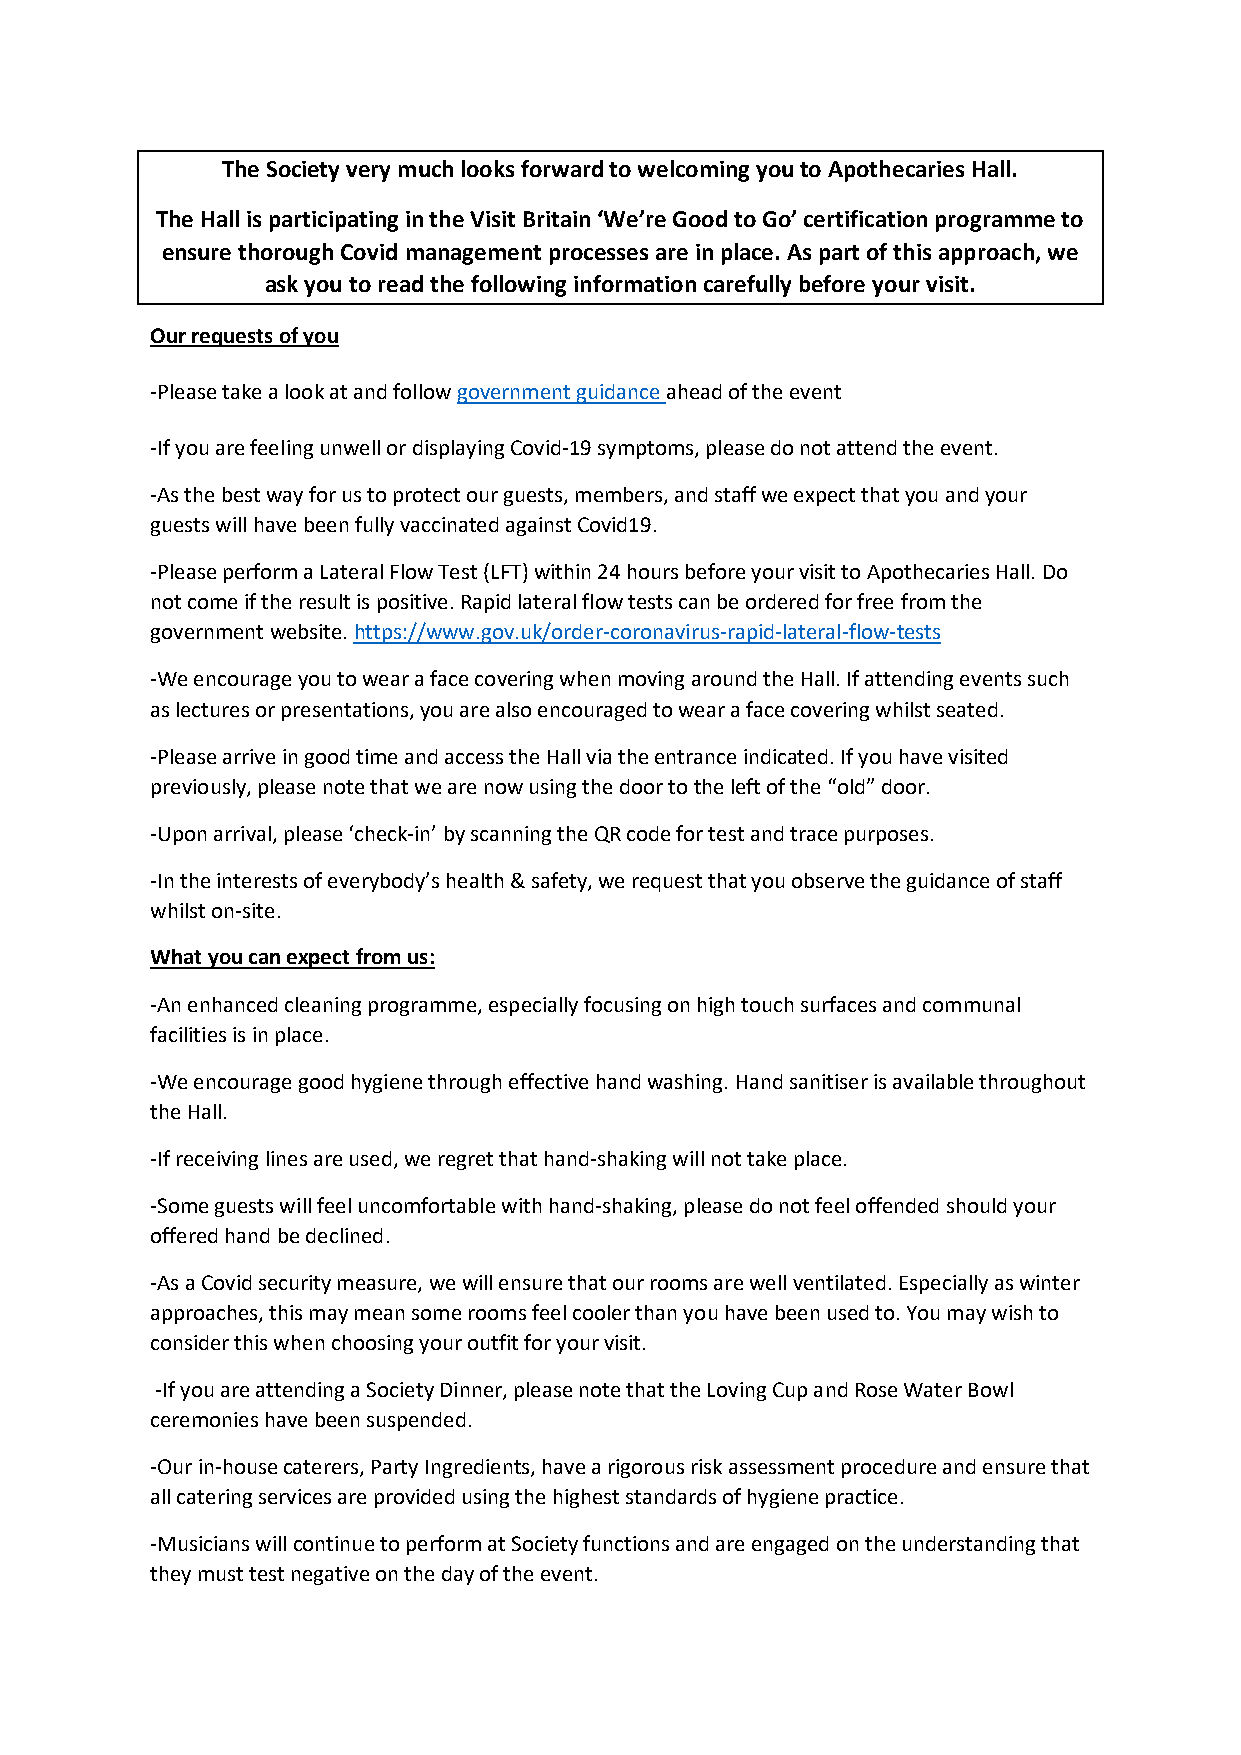
The Society very much looks forward to welcoming you to Apothecaries Hall.
 The Hall is participating in the Visit Britain ‘We’re Good to Go’ certification programme to
 ensure thorough Covid management processes are in place. As part of this approach, we
 ask you to read the following information carefully before your visit.
 Our requests of you
 -Please take a look at and follow government guidance ahead of the event
 -If you are feeling unwell or displaying Covid-19 symptoms, please do not attend the event.
 -As the best way for us to protect our guests, members, and staff we expect that you and your
 guests will have been fully vaccinated against Covid19.
 -Please perform a Lateral Flow Test (LFT) within 24 hours before your visit to Apothecaries Hall. Do
 not come if the result is positive. Rapid lateral flow tests can be ordered for free from the
 government website. https://www.gov.uk/order-coronavirus-rapid-lateral-flow-tests
 -We encourage you to wear a face covering when moving around the Hall. If attending events such
 as lectures or presentations, you are also encouraged to wear a face covering whilst seated.
 -Please arrive in good time and access the Hall via the entrance indicated. If you have visited
 previously, please note that we are now using the door to the left of the “old” door.
 -Upon arrival, please ‘check-in’ by scanning the QR code for test and trace purposes.
 -In the interests of everybody’s health & safety, we request that you observe the guidance of staff
 whilst on-site.
 What you can expect from us:
 -An enhanced cleaning programme, especially focusing on high touch surfaces and communal
 facilities is in place.
 -We encourage good hygiene through effective hand washing. Hand sanitiser is available throughout
 the Hall.
 -If receiving lines are used, we regret that hand-shaking will not take place.
 -Some guests will feel uncomfortable with hand-shaking, please do not feel offended should your
 offered hand be declined.
 -As a Covid security measure, we will ensure that our rooms are well ventilated. Especially as winter
 approaches, this may mean some rooms feel cooler than you have been used to. You may wish to
 consider this when choosing your outfit for your visit.
 -If you are attending a Society Dinner, please note that the Loving Cup and Rose Water Bowl
 ceremonies have been suspended.
 -Our in-house caterers, Party Ingredients, have a rigorous risk assessment procedure and ensure that
 all catering services are provided using the highest standards of hygiene practice.
 -Musicians will continue to perform at Society functions and are engaged on the understanding that
 they must test negative on the day of the event.